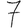
Digit: 7